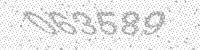
Solution: 063589